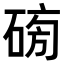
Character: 𥓯